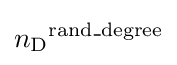
{n_{\mathrm {D} }}^{\mathrm {rand\_degree} }